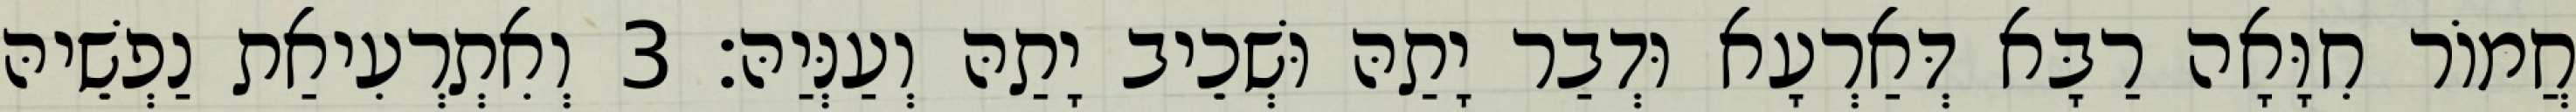
חֲמוֹר חִוָּאָה רַבָּא דְּאַרְעָא וּדְבַר יָתַהּ וּשְׁכֵיב יָתַהּ וְעַנְּיַהּ׃ 3 וְאִתְרְעִיאַת נַפְשֵׁיהּ